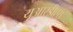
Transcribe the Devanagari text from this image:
यूआरडीएस